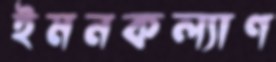
ইমনকল্যাণ